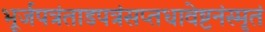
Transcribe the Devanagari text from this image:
भूर्जपत्रंताडपत्रंसप्तधावेष्टनंस्मृतं